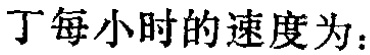
丁每小时的速度为：